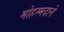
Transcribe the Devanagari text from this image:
मोहम्मदाने